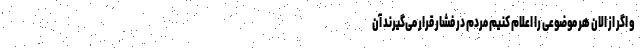
و اگر از الان هر موضوعی را اعلام کنیم مردم در فشار قرار می‌گیرند آن